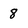
Character: 8